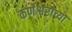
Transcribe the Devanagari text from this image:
कर्णेश्वराच्या